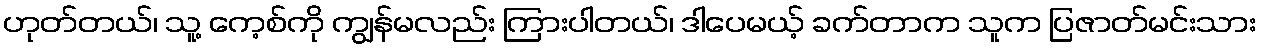
ဟုတ်တယ်၊ သူ့ ကေ့စ်ကို ကျွန်မလည်း ကြားပါတယ်၊ ဒါပေမယ့် ခက်တာက သူက ပြဇာတ်မင်းသား